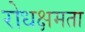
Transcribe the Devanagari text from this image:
रोधक्षमता